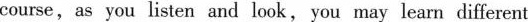
course,as you listen and look,you may learn different